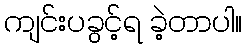
ကျင်းပခွင့်ရ ခဲ့တာပါ။